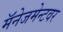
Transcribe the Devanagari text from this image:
मॅनेजमेन्टवर